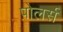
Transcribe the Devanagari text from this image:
पोलर्स